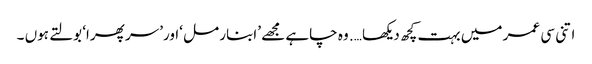
اتنی سی عمر میں بہت کچھ دیکھا …. وہ چاہے مجھے ’ابنار مل ‘اور’سر پھرا‘ بولتے ہوں ۔